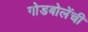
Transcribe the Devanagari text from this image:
गोडबोलेंची